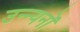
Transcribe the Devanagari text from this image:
उन्न्यनों